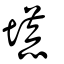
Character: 塃